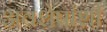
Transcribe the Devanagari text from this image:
अवशेषांशी